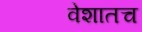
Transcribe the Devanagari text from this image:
वेशातच